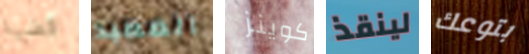
قضية المعبد كوينز لينقذ بتوعك